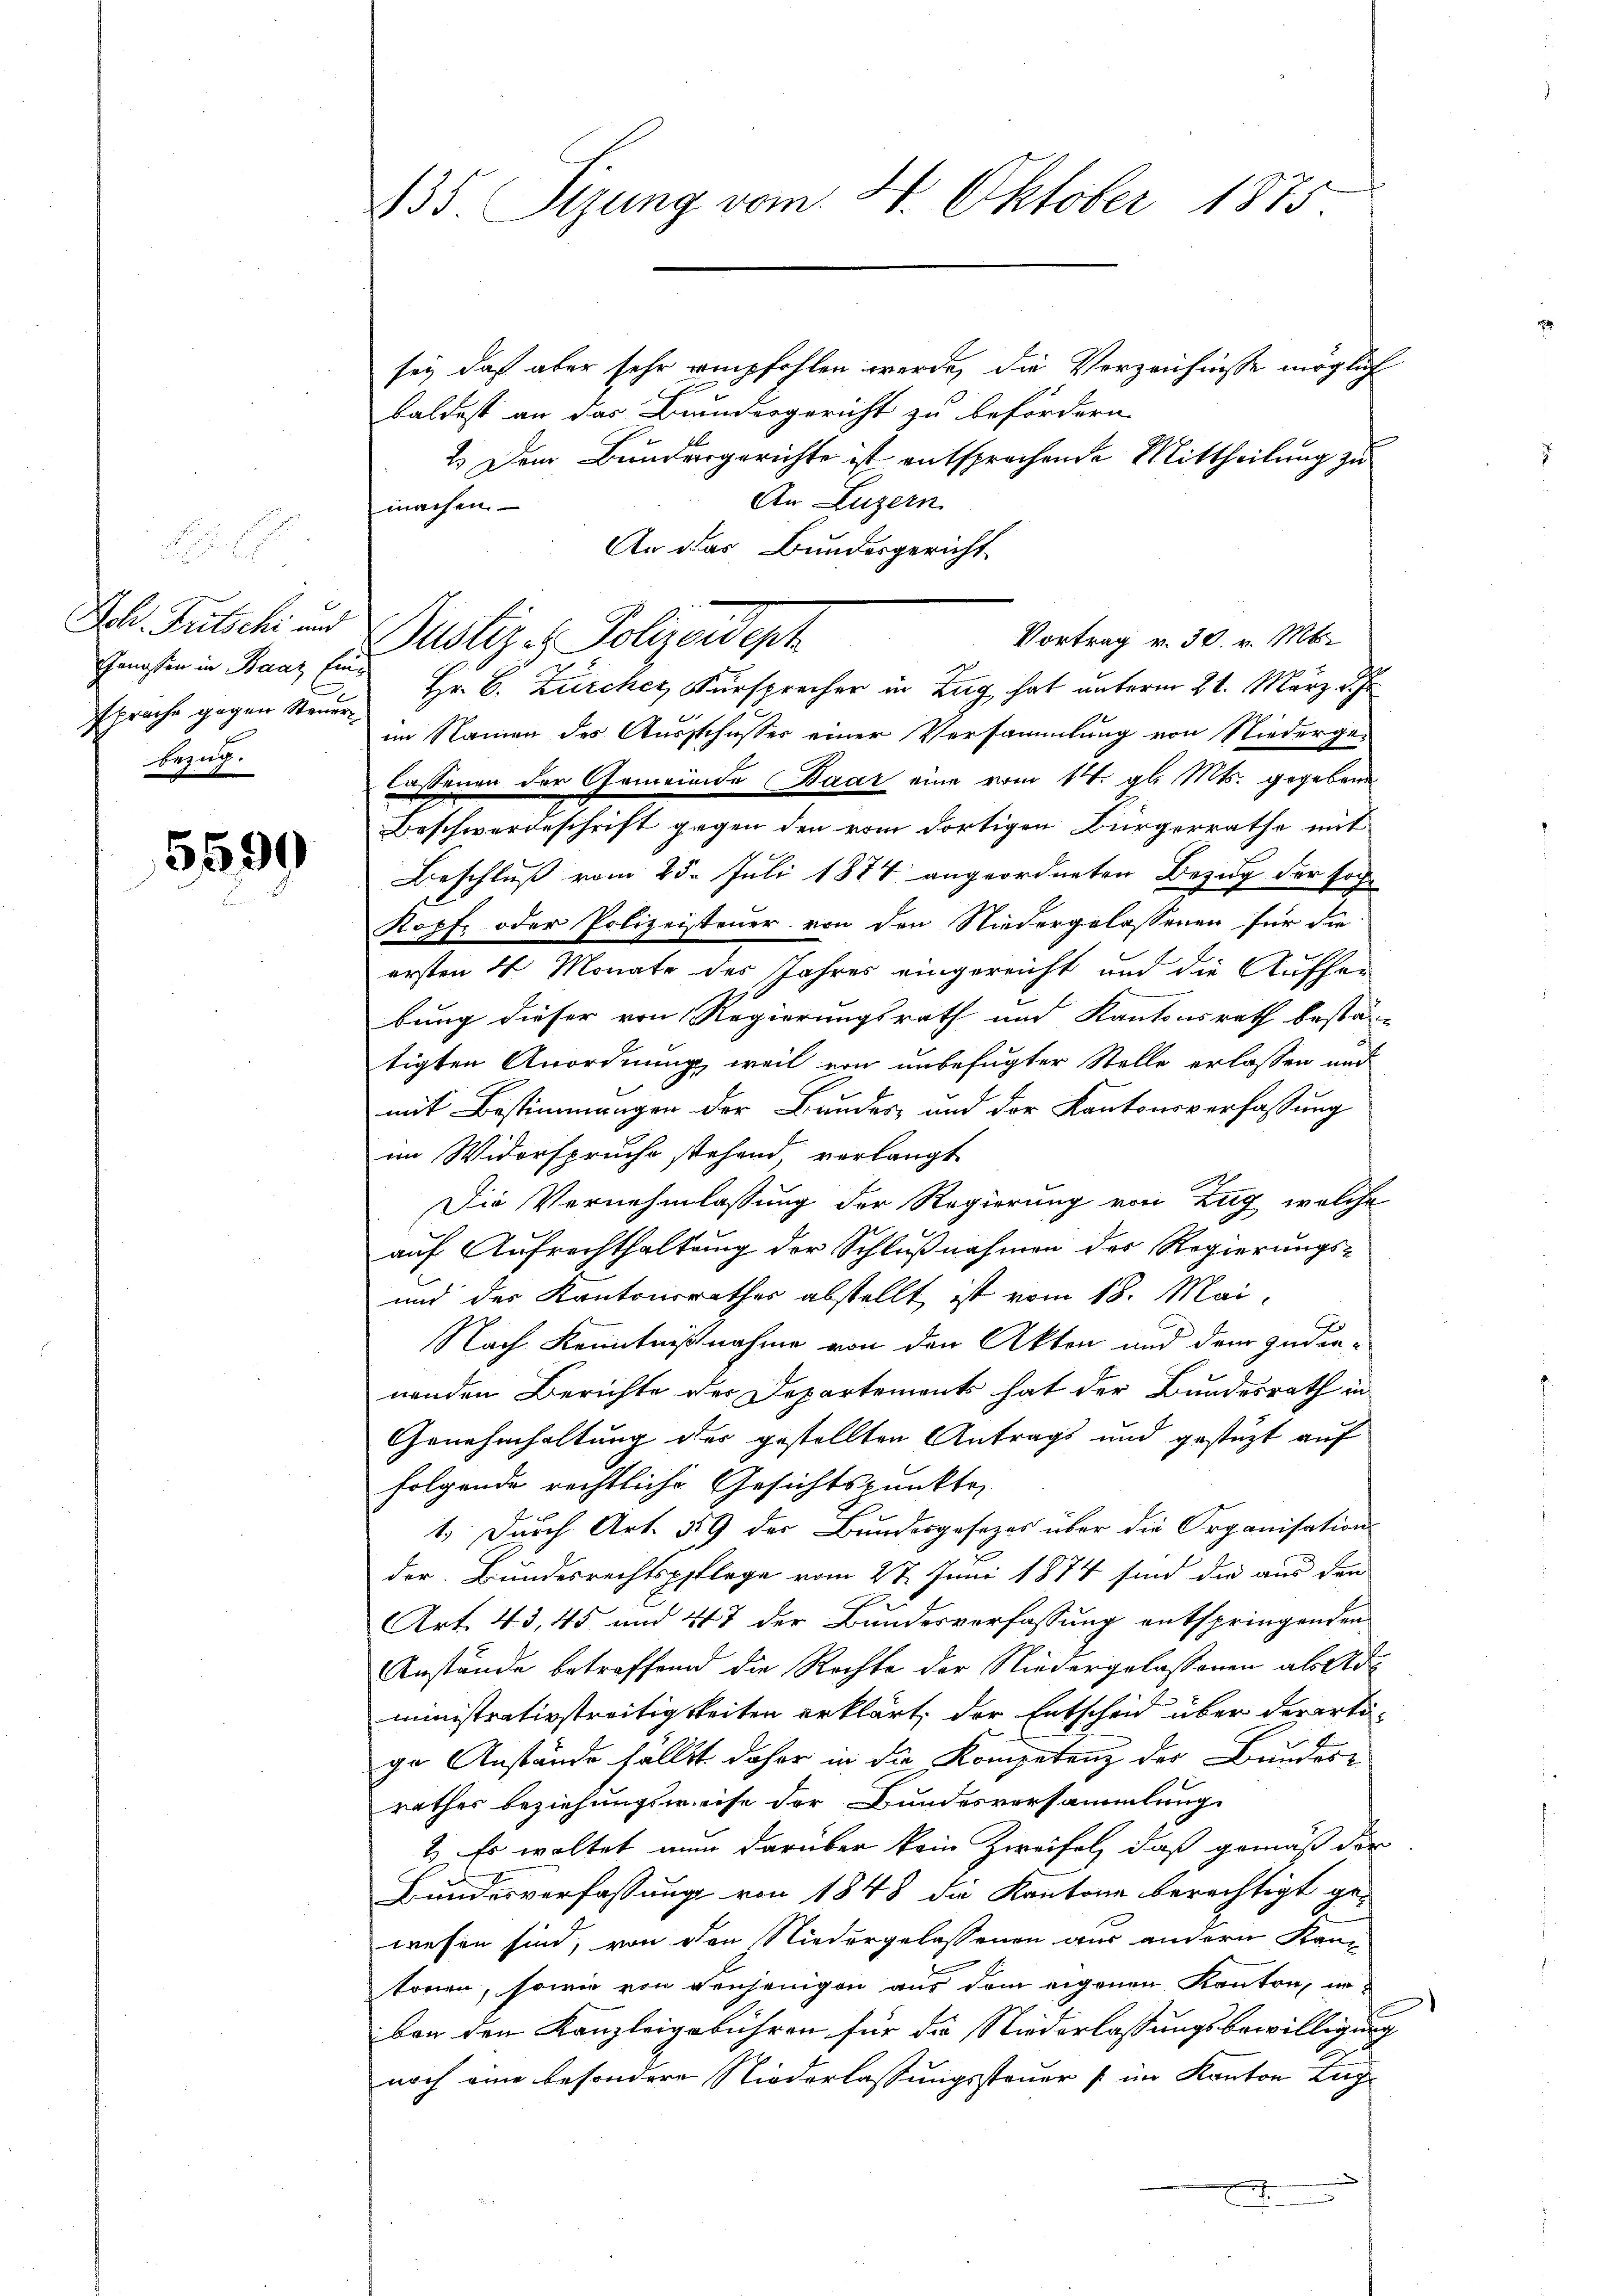
Joh. Fritschi und
Bezug.

5599

sey, daß aber sehr empfohlen werde, die Verzeichnisse möglich
baldest an das Bundesgericht zu befördern
2.) Dem Bundergerichte ist entsprechende Mittheilung zu
An Luzern
machen.
An das Bundesgericht
Vortrag v. 30. v. Mts.
Justiz - Polizeidept
Genossen in Baaz Eine Hr. B. Zürcher Fürsprecher in Zug hat unterm 21. März d. Js.
spräche gegen Steuer im Namen des Ausschusser einer Versammlung von Niederge-
lassenen der Gemeinde Baar eine vom 14. gl. Mts. gegeben
Beschwerdeschrift gegen den vom dortigen Bürgerrathe mit
Beschluß vom 25. Juli 1874 angeordneten Bezug der hoch
Kopf oder Polizeisteuer von den Niedergelassenen für die
ersten 4 Monate des Jahres eingereicht und die Aufher
bung dieser von Regierungsrath und Kantonsrath bestän-
tigten Anordnung, weil von unbefugter Stelle erlassen und
mit Bestimmungen der Bauder, und der Kantonsverfassung
im Widerspruche stehend, verlangt
Die Vernehmlassung der Regierung von Zug, welche
auf Aufrechthaltung der Schlußnahmen des Regierungs-
und des Kantonsrathes abstellt, ist vom 18. Mai,
Nach Kenntnißnahme von den Akten und dem zudienenden Berichte der Departements hat der Bundesrath in
Genehmhaltung des gestellten Antrags und gestüzt auf
folgende rechtliche Gesichtspunkter
1.) Durch Art. 589 der Bundesgesetzes über die Organisation
der Bundesrechtspflege vom 27. Juni 1874 sind die aus den
Art. 43, 45 und 447 der Bundesverfassung entspringenden
Anstände betreffend die Rechte der Niedergelassenen als Administrativstreitigkeiten erklärt, der Entscheid über derartige Anstände fällst daher in die Kompetenz der Bundere
rathes beziehungsweise der Bundesversammlung
1.) Es waltet nun darüber kein Zweifel, daß gemäß der
Bundesverfassung von 1848 die Kantone berechtigt ge-
wesen sind, von den Niedergelassenen aus andern Kan-
.
tonen, sowie von denjenigen aus dem eigenen Kanton, inber den Kanzleigebühren für die Niederlassungsbewilligung
noch eine besondere Niederlassungssteuer (im Kanton Zug
E
s

135 Sizung vom 4. Oktober 1875.